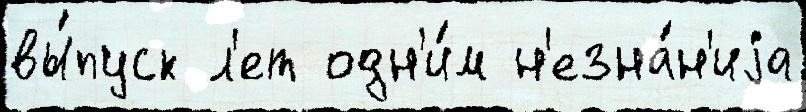
вы́пуск л'ет одн'и́м н'езна́н'иjа